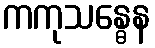
ကကုသန္ဓေန